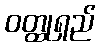
ဝတ္ထုရှည်